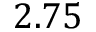
2 . 7 5